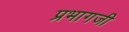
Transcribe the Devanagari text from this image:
प्रभागजी